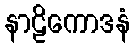
နာဠိကောဒနံ